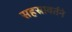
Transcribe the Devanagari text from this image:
सहस्रावर्तने